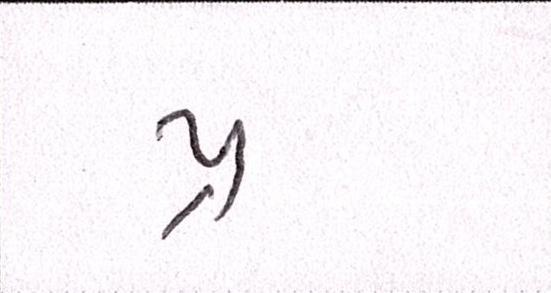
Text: પ્ર